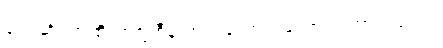
လေဆိပ်အထိ တက္ကစီနဲ့ ဘယ်လောက်လောက်ကြာပါသလဲ။